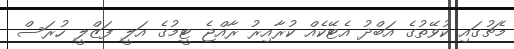
މެޗުގައި ކުވޭތުގެ އަބްދު އެޓޭކެއް ކުރާއިރު ރާއްޖެ ޓީމުގެ އަލީ ފަޒްލީ ހުރަސް